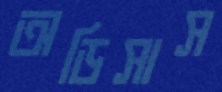
অডিসাস